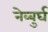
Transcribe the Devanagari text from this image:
नेव्बुर्घ